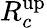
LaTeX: R_{c}^{\mathrm{up}}